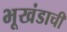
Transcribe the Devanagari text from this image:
भूखंडाची